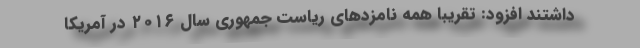
داشتند افزود: تقریبا همه نامزدهای ریاست جمهوری سال ۲۰۱۶ در آمریکا